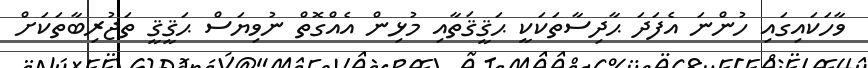
ވާހަކައިގައި ހުންނަ އެފަދަ ޙާދިސާތަކަކީ ޙަޤީޤަތާއި މުޅިން އެއްގޮތް ނުވިޔަސް ޙަޤީޤީ ތަޖުރިބާތަކަށް